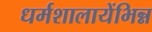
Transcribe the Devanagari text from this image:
धर्मशालायेंभिन्न